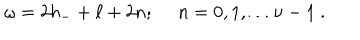
LaTeX: \omega = 2 h _ { - } + \ell + 2 n ; \ n = 0 , 1 , \ldots \nu - 1 \ .